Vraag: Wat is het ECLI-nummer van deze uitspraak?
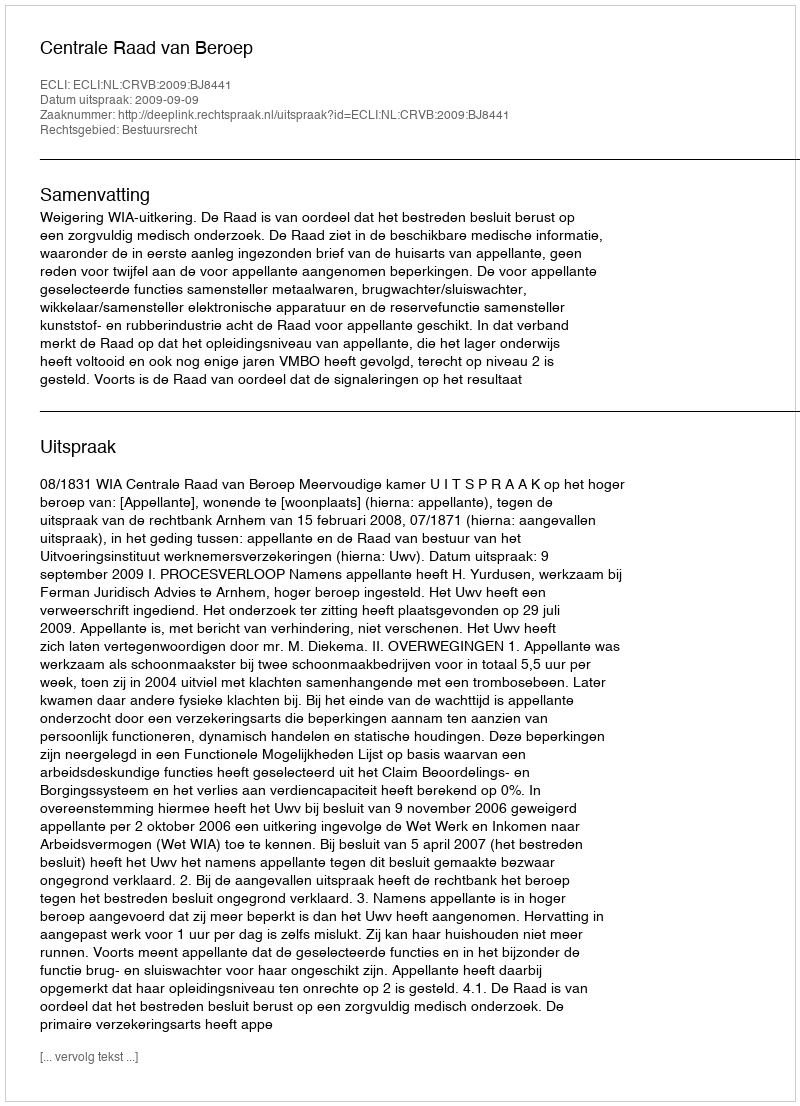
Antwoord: ECLI:NL:CRVB:2009:BJ8441